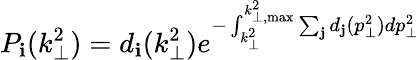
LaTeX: P_{\mathbf{i}}(k_{\perp}^{2})=d_{\mathbf{i}}(k_{\perp}^{2})e^{-\int_{k_{\perp}^{2}}^{k_{\perp,\operatorname*{max}}^{2}}\sum_{\mathbf{j}}d_{\mathbf{j}}(p_{\perp}^{2})dp_{\perp}^{2}}